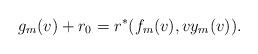
LaTeX: \begin{align*} g_m(v)+r_0=r^\ast(f_m(v),vy_m(v)).\end{align*}